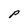
Character: P